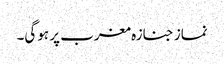
نماز جنازہ مغرب پر ہوگی۔